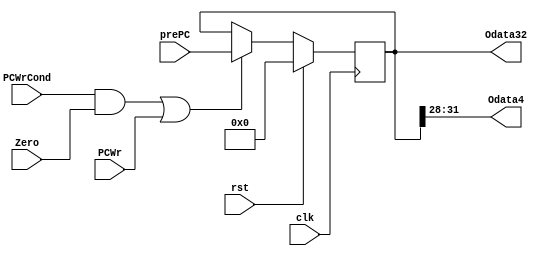
`timescale 1ns / 1ps
//////////////////////////////////////////////////////////////////////////////////
// Company: 
// Engineer: 
// 
// Design Name: 
// Module Name: PC
// Project Name: 
// Target Devices: 
// Tool Versions: 
// Description: 
// 
// Dependencies: 
// 
// Revision:
// Revision 0.01 - File Created
// Additional Comments:
// 
//////////////////////////////////////////////////////////////////////////////////


module PC(
input clk,//
input rst,//
input [31:0] prePC,
input PCWr,//
input PCWrCond,
input Zero,
output [31:0] Odata32,
output [3:0] Odata4
    );
    reg [31:0] Instr;
    assign Odata32=Instr;
    assign Odata4=Instr[31:28];
    wire tmp1,tmp2;
    and a(tmp1,PCWrCond,Zero);
    or o(tmp2,tmp1,PCWr);
    always@(negedge clk)
    begin
    if(rst)
        Instr=32'b0;
    else if(tmp2)
        Instr=prePC;
    end
endmodule